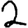
Digit: 2